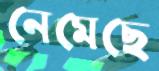
নেমেছে